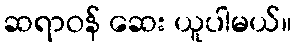
ဆရာဝန် ဆေး ယူပါမယ်။